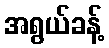
အရွယ်ခန့်